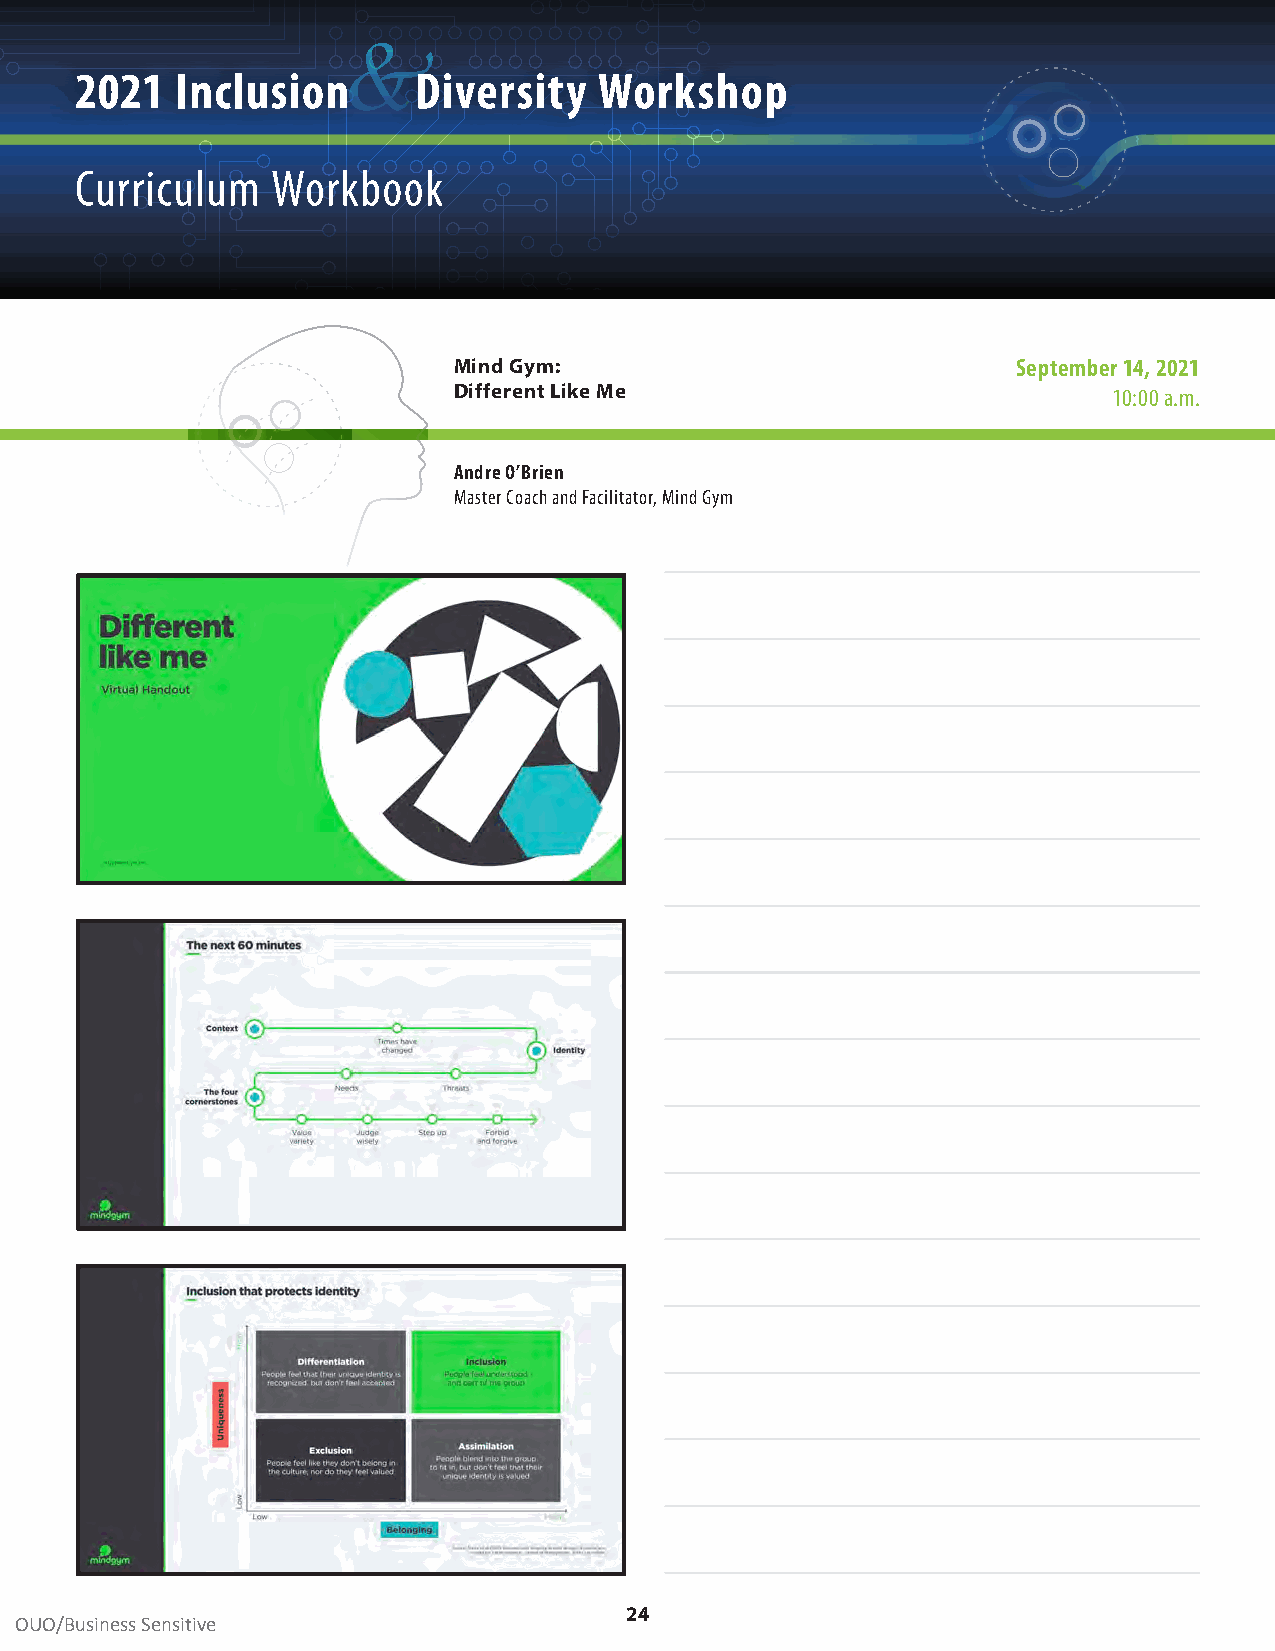
&
 2021   Inclusion      Diversity    Workshop
 Curriculum   Workbook
 Mind Gym:                            September 14, 2021
 Different Like Me                           10:00 a .m .
 Andre O’Brien
 Master Coach and Facilitator, Mind Gym
 24
 OUO/Business Sensitive